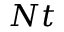
N t